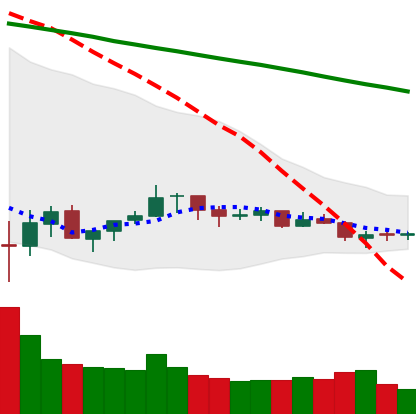
Ticker: XLM-USD
Chart end date: 2021-07-11
Forward return: -3.954%
Label: down_3_5